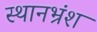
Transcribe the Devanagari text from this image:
स्थानभ्रंश